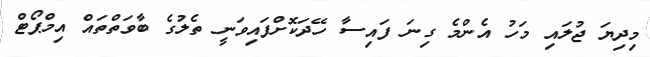
މިދިޔަ ޖުލައި މަހު އެންމެ ގިނަ ފައިސާ ހޭދަކޮށްފައިވަނީ ތެލުގެ ބާވަތްތައް އިމްޕޯޓް